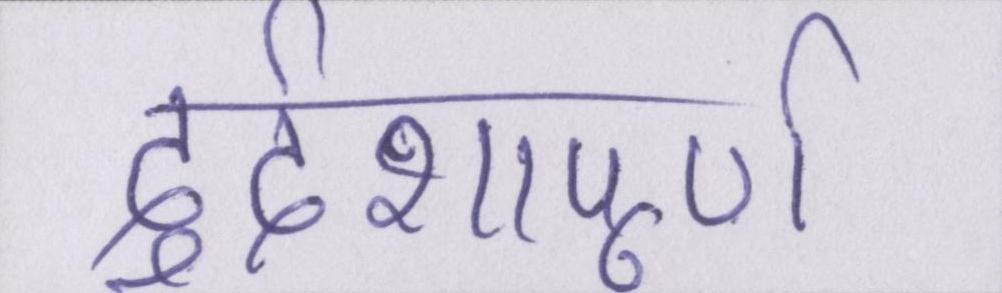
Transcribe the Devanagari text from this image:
दुर्दशापूर्ण